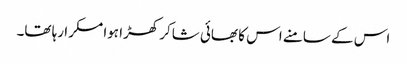
اس کے سامنے اس کا بھائی شاکر کھڑا ہوا مسکرا رہا تھا۔